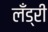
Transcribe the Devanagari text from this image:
लँड्री